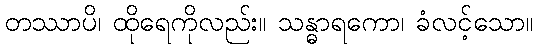
တဿာပိ၊ ထိုရေကိုလည်း။ သန္ဓာရကော၊ ခံလင့်သော။